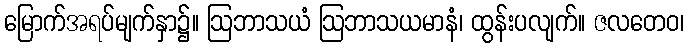
မြောက်အရပ်မျက်နှာ၌။ ဩဘာသယံ ဩဘာသယမာနံ၊ ထွန်းပလျက်။ ဇလတေဝ၊